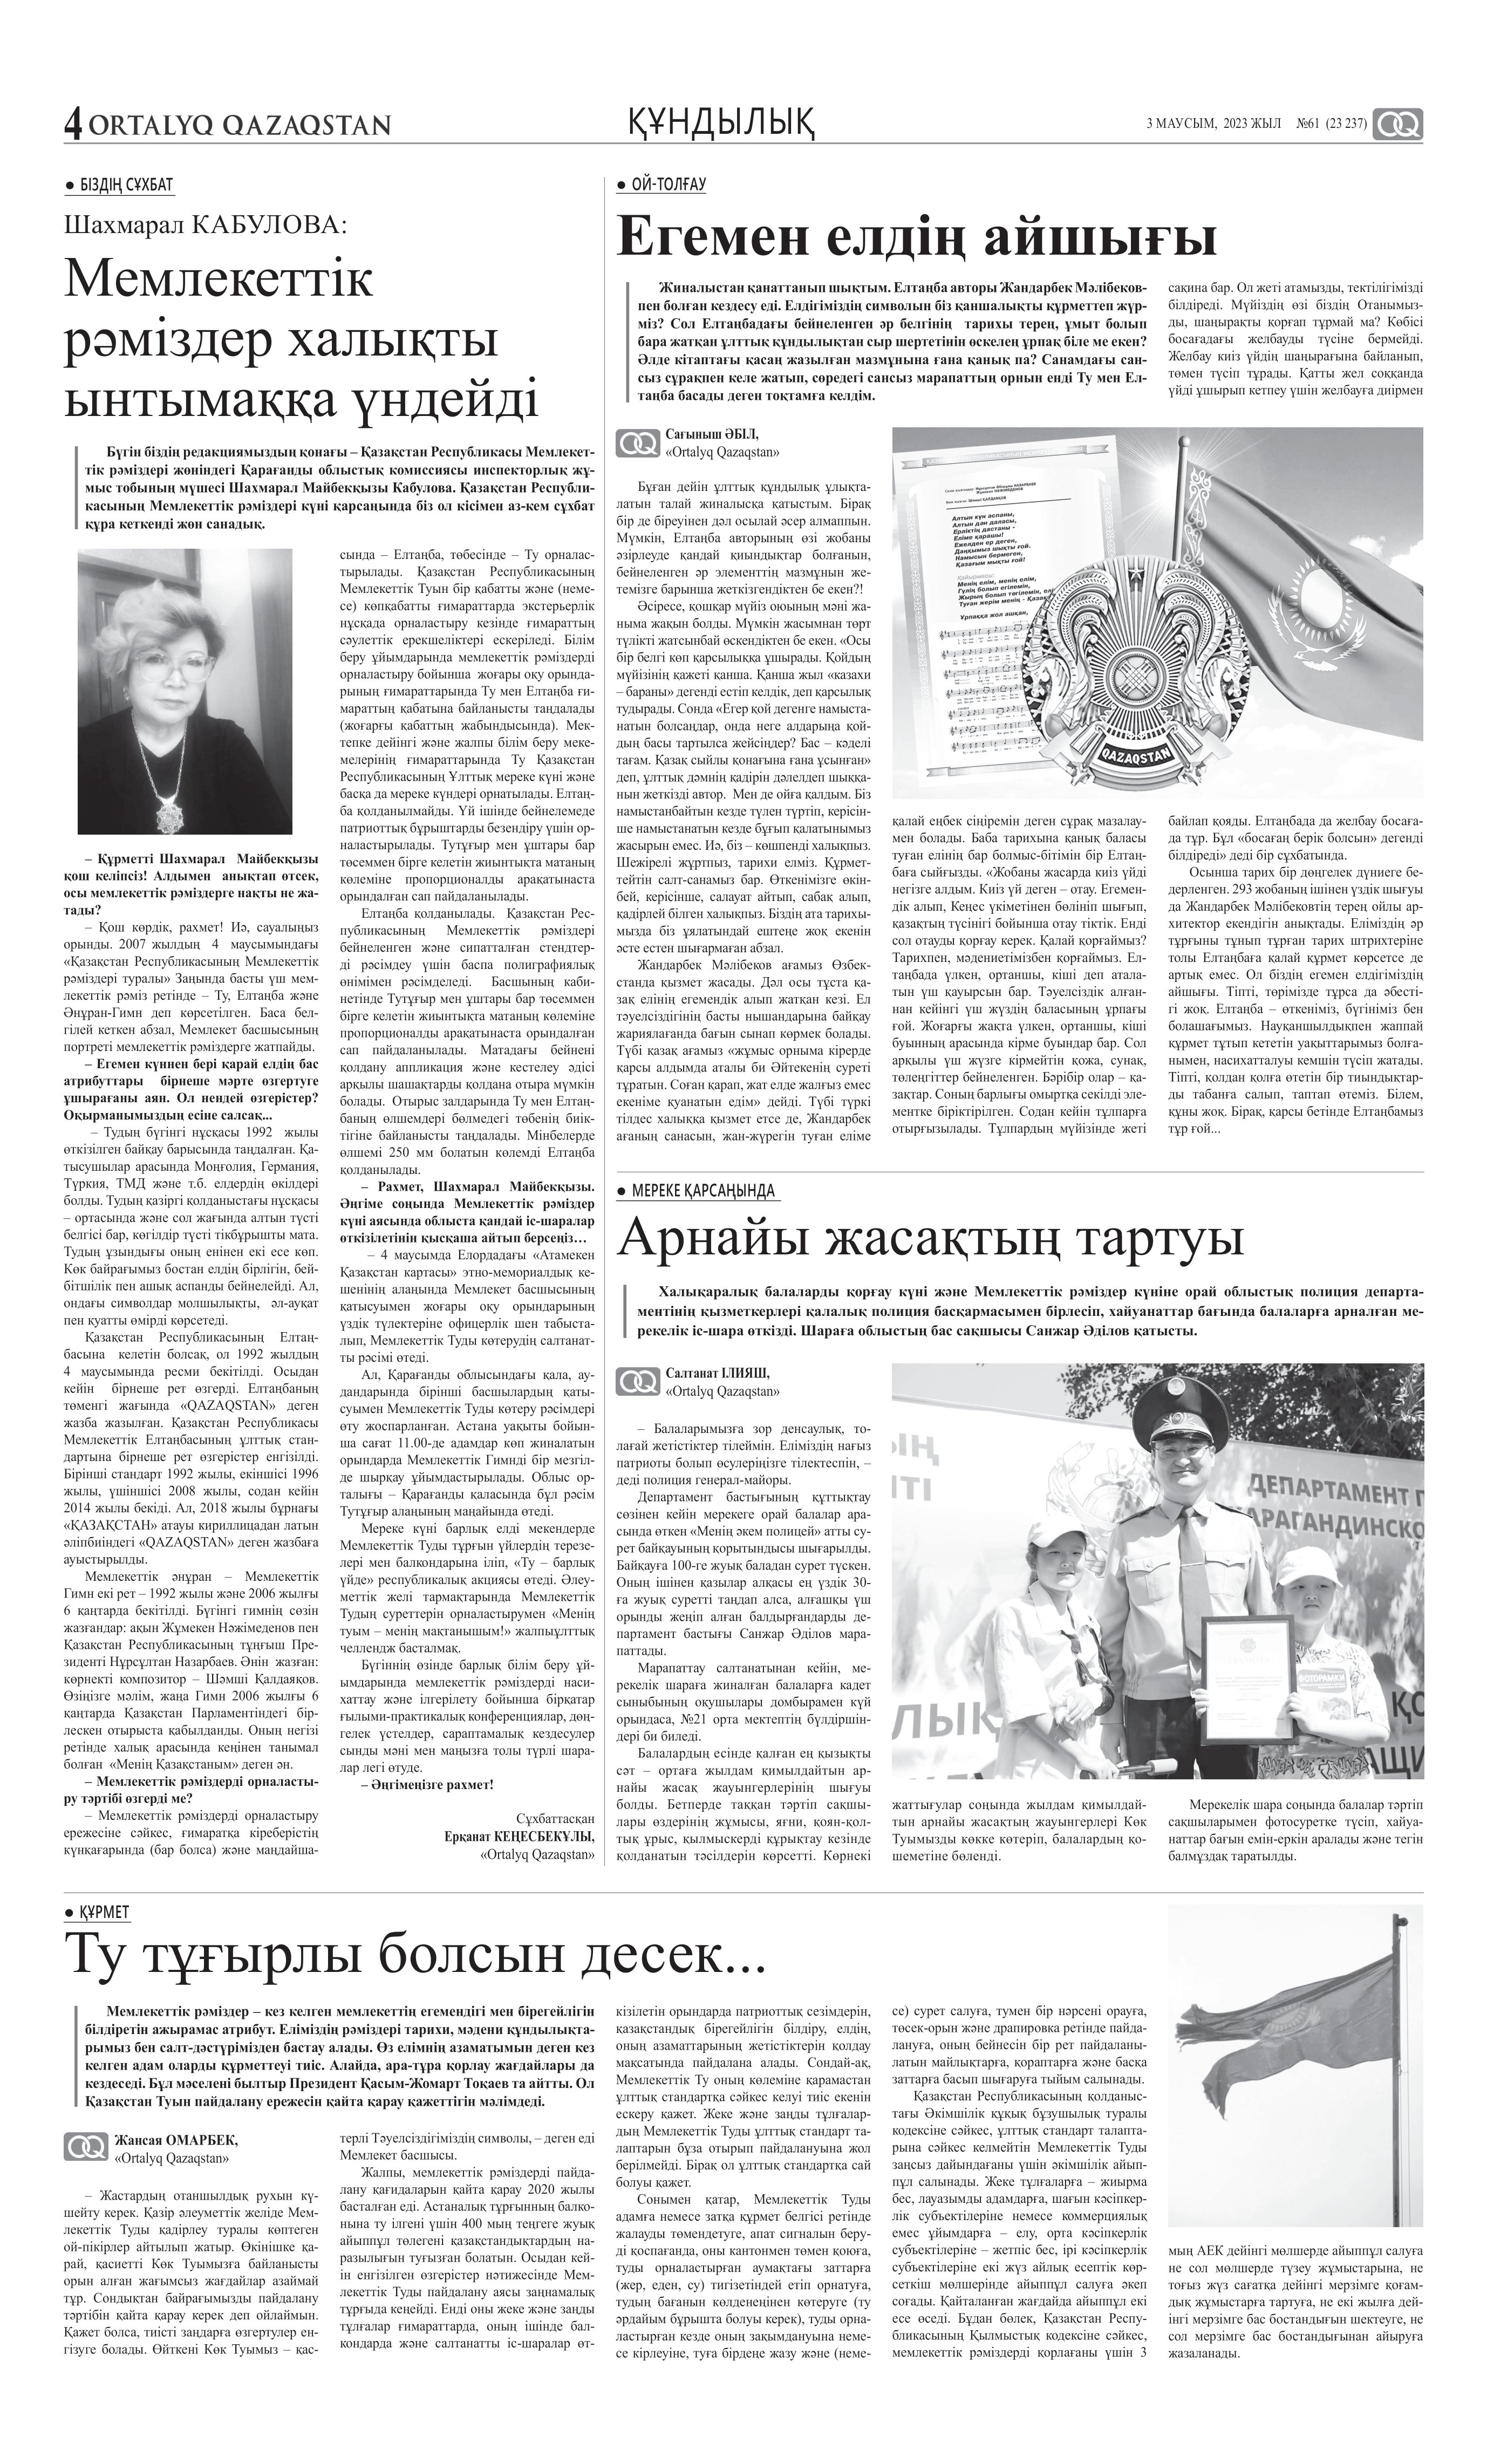
Language: kk